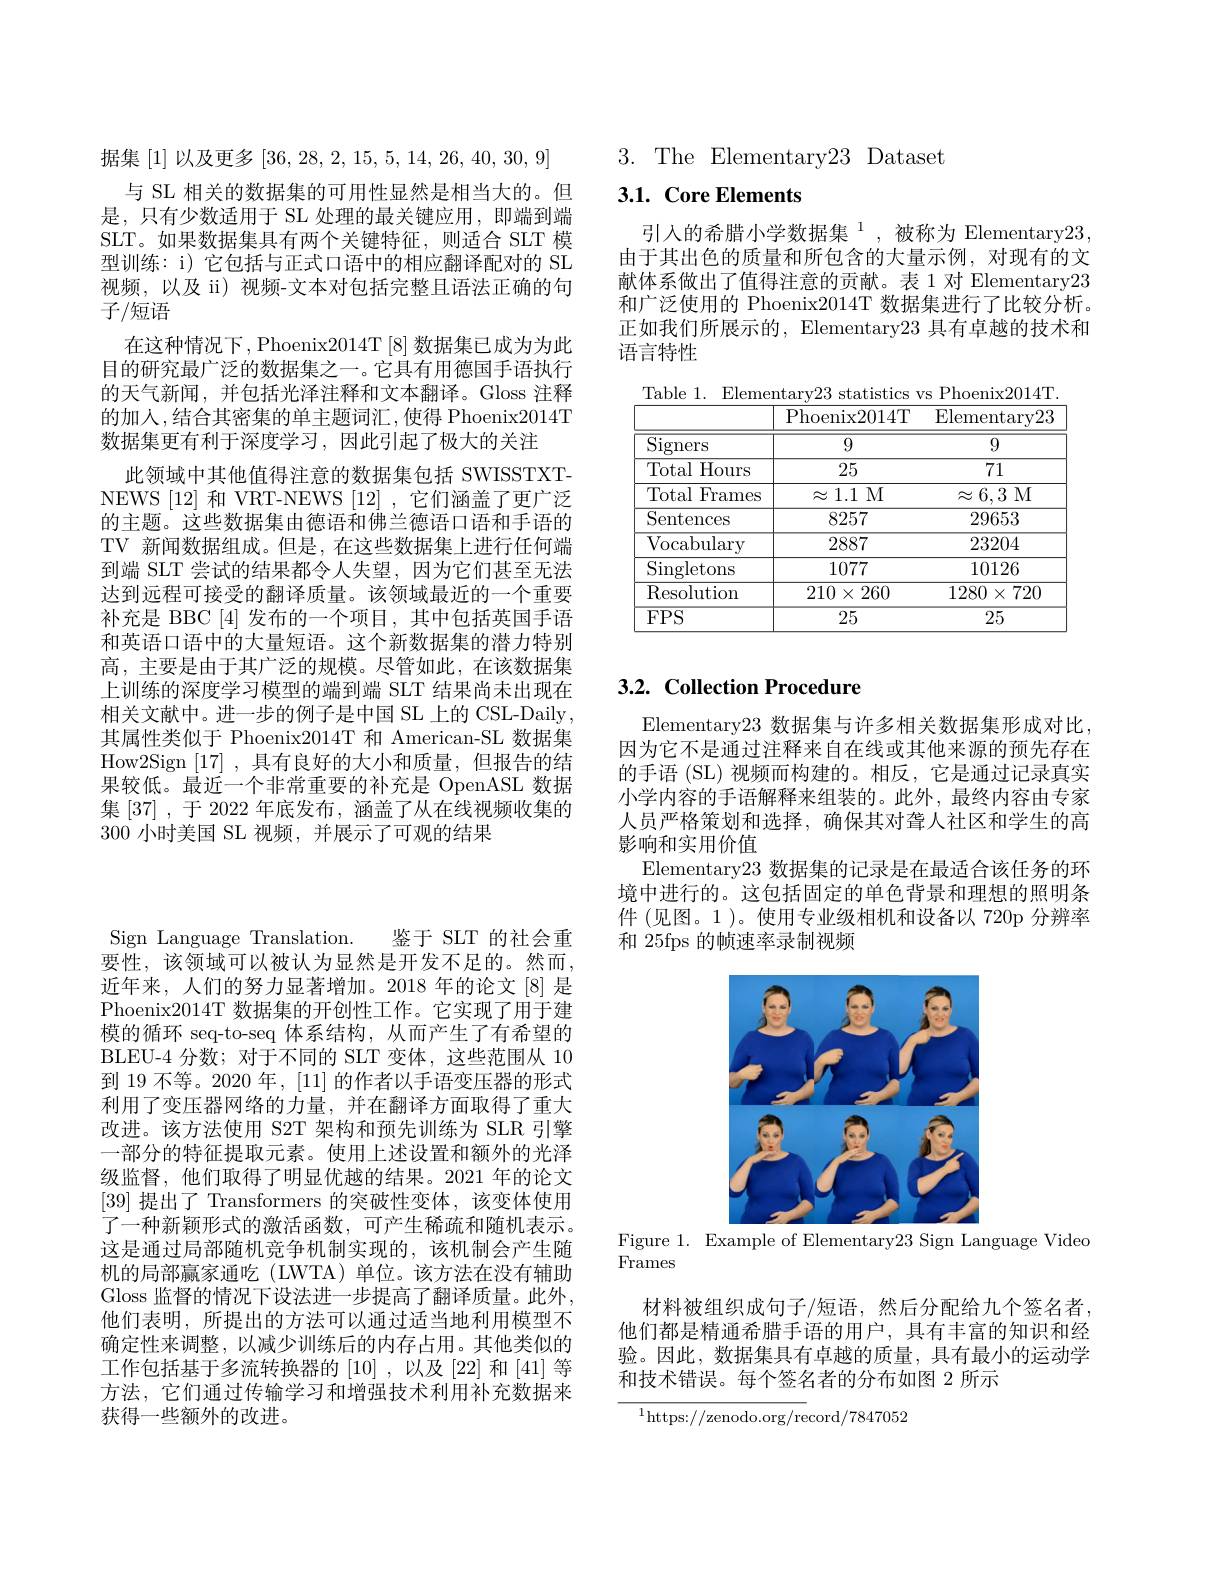
据集[1]以及更多[36,28,2,15,5,14,26,40,30,9]
与 SL 相关的数据集的可用性显然是相当大的。但是，只有少数适用于 SL 处理的最关键应用，即端到端SLT。如果数据集具有两个关键特征，则适合 SLT 模型训练：i) 它包括与正式口语中的相应翻译配对的 SL 视频，以及 ii)视频-文本对包括完整且语法正确的句子/短语
在这种情况下，Phoenix2014T[8] 数据集已成为为此目的研究最广泛的数据集之一。它具有用德国手语执行的天气新闻，并包括光泽注释和文本翻译。Gloss 注释的加人，结合其密集的单主题词汇，使得 Phoenix2014T 数据集更有利于深度学习，因此引起了极大的关注
此领域中其他值得注意的数据集包括 SWISSTXTNEWS[12] 和 VRT-NEWS [12] ,它们涵盖了更广泛的主题。这些数据集由德语和佛兰德语口语和手语的TV 新闻数据组成。但是，在这些数据集上进行任何端到端 SLT 尝试的结果都令人失望，因为它们甚至无法达到远程可接受的翻译质量。该领域最近的一个重要补充是 BBC [4]发布的一个项目，其中包括英国手语和英语口语中的大量短语。这个新数据集的潜力特别高，主要是由于其广泛的规模。尽管如此，在该数据集上训练的深度学习模型的端到端 SLT 结果尚未出现在相关文献中。进一步的例子是中国 SL 上的 CSL-Daily , 其属性类似于 Phoenix2014T 和 American-SL 数据集How2Sign [17] ,具有良好的大小和质量，但报告的结果较低。最近一个非常重要的补充是 OpenASL 数据集[37],于 2022 年底发布，涵盖了从在线视频收集的300 小时美国 SL 视频，并展示了可观的结果

$3.{\mathrm{~The~Elementary}23}{\mathrm{~Dataset}}$

# 3.1. Core Elements

引入的希腊小学数据集$^1$,被称为 Elementary23由于其出色的质量和所包含的大量示例，对现有的文献体系做出了值得注意的贡献。表 1 对 Elementary23和广泛使用的 Phoenix2014T 数据集进行了比较分析。正如我们所展示的，Elementary23具有卓越的技术和语言特性

Table 1. Elementarv23 statistics vs Phoenix2014T
<table>
	<tbody>
		<tr>
			<th> </th>
			<th>Phoenix2014T</th>
			<th>Elementary23</th>
		</tr>
		<tr>
			<td>Signers</td>
			<td>9</td>
			<td>9</td>
		</tr>
		<tr>
			<td>Total Hours</td>
			<td>25</td>
			<td>71</td>
		</tr>
		<tr>
			<td>Total Frames</td>
			<td>$\approx1.1$M</td>
			<td>$\approx6,3$M</td>
		</tr>
		<tr>
			<td>Sentences</td>
			<td>8257</td>
			<td>29653</td>
		</tr>
		<tr>
			<td>Vocabulary</td>
			<td>2887</td>
			<td>23204</td>
		</tr>
		<tr>
			<td>Singletons</td>
			<td>1077</td>
			<td>10126</td>
		</tr>
		<tr>
			<td>Resolution</td>
			<td>$210\times260$</td>
			<td>$1280\times720$</td>
		</tr>
		<tr>
			<td>$FPS$</td>
			<td>25</td>
			<td>25</td>
		</tr>
	</tbody>
</table>

# $3. 2. \textbf{ Collection Procedure}$

Elementary23数据集与许多相关数据集形成对比因为它不是通过注释来自在线或其他来源的预先存在的手语 (SL) 视频而构建的。相反，它是通过记录真实小学内容的手语解释来组装的。此外，最终内容由专家人员严格策划和选择，确保其对聋人社区和学生的高影响和实用价值
Elementary23数据集的记录是在最适合该任务的环境中进行的。这包括固定的单色背景和理想的照明条件 (见图。1)。使用专业级相机和设备以 720p 分辨率和 25fps 的帧速率录制视频

<FigureHere>
Figure 1. Example of Elementary23 Sign Language Video

Frames

材料被组织成句子/短语，然后分配给九个签名者他们都是精通希腊手语的用户，具有丰富的知识和经验。因此，数据集具有卓越的质量，具有最小的运动学和技术错误。每个签名者的分布如图 2 所示

$^{1}$https://zenodo.org/record/7847052

Sign Language Translation. 鉴于 SLT 的社会重要性，该领域可以被认为显然是开发不足的。然而， 近年来，人们的努力显著增加。2018 年的论文[8] 是Phoenix2014T 数据集的开创性工作。它实现了用于建模的循环 seq-to-seq 体系结构，从而产生了有希望的BLEU- 4 分 数 ; 对 于 不 同 的 SLT 变 体 , 这 些 范 围 从 10到 19 不等。2020 年，[11] 的作者以手语变压器的形式利用了变压器网络的力量，并在翻译方面取得了重大改进。该方法使用 S2T 架构和预先训练为 SLR 引擎一部分的特征提取元素。使用上述设置和额外的光泽级监督，他们取得了明显优越的结果。2021 年的论文[39]提出了 Transformers 的突破性变体，该变体使用了一种新颖形式的激活函数，可产生稀疏和随机表示。这是通过局部随机竞争机制实现的，该机制会产生随机的局部赢家通吃 (LWTA)单位。该方法在没有辅助Gloss 监督的情况下设法进一步提高了翻译质量。此外， 他们表明，所提出的方法可以通过适当地利用模型不确定性来调整，以减少训练后的内存占用。其他类似的工作包括基于多流转换器的[10],以及[22] 和[41] 等方法，它们通过传输学习和增强技术利用补充数据来获得一些额外的改进。